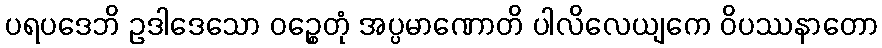
ပရပဒေဘိ ဥဒါဒေသော ဝဉ္စေတုံ အပ္ပမာဏောတိ ပါလိလေယျကေ ဝိပဿနာတော